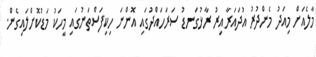
މާލެއަށް މިއަދު މެންދުރު އުދައަރާއިރު ރާޅުގަނޑު ސަރަހައްދުގައި އޮންނަ ހިކިފަސްތަނުގައި މީހަކު މަޑުކޮށްލައިގެން.